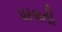
પરબતી